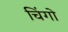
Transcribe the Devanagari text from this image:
चिंगो